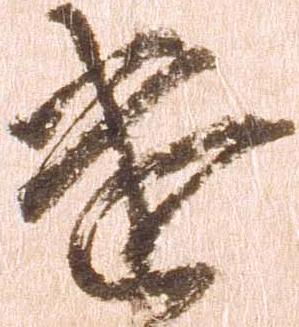
遣